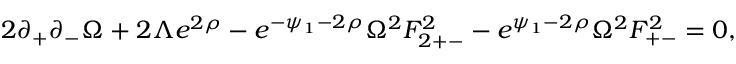
2 \partial _ { + } \partial _ { - } \Omega + 2 \Lambda e ^ { 2 \rho } - e ^ { - \psi _ { 1 } - 2 \rho } \Omega ^ { 2 } F _ { 2 + - } ^ { 2 } - e ^ { \psi _ { 1 } - 2 \rho } \Omega ^ { 2 } F _ { + - } ^ { 2 } = 0 ,